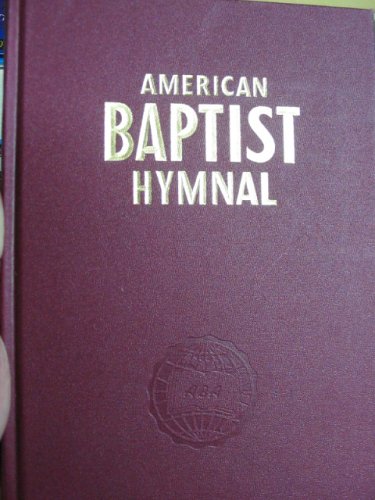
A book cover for American Baptist Hymnal; American Baptist Association; Christian Books & Bibles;